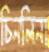
চিনলিনা